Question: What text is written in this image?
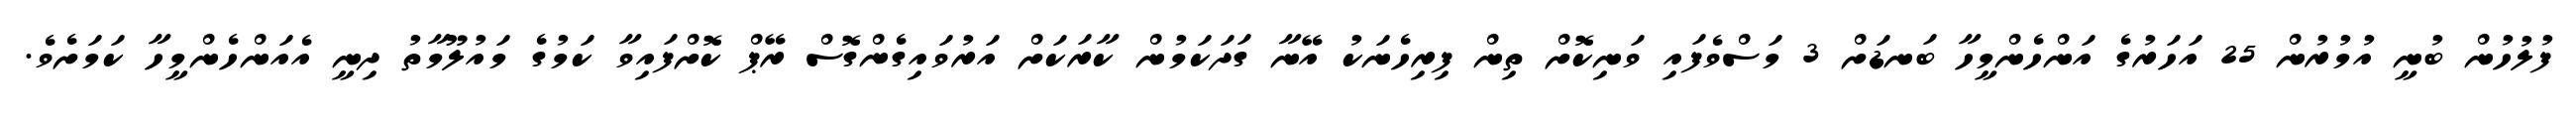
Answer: ފުލުހުން ބުނީ އުމުރުން 25 އަހަރުގެ އަންހެންމީހާ ބަނޑަށް 3 މަސްވެފައި ވަނިކޮށް ތިން ފިރިހެނަކު އޭނާ ގަދަކަމުން ކާރަކަށް އަރުވައިގެންގޮސް ރޭޕް ކޮށްފައިވާ ކަމުގެ މައުލޫމާތު ދިނީ އެއަންހެންމީހާ ކަމަށެވެ.